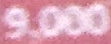
9.000